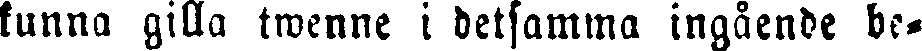
kunna gilla twenne i detsamma ingående be-